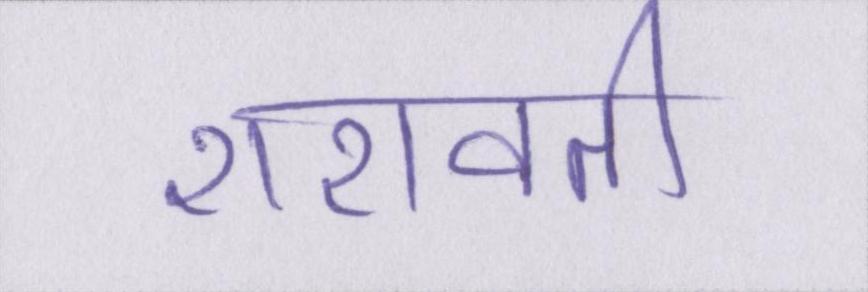
शरावती